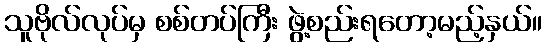
သူဗိုလ်လုပ်မှ စစ်တပ်ကြီး ဖွဲ့စည်းရတော့မည့်နှယ်။